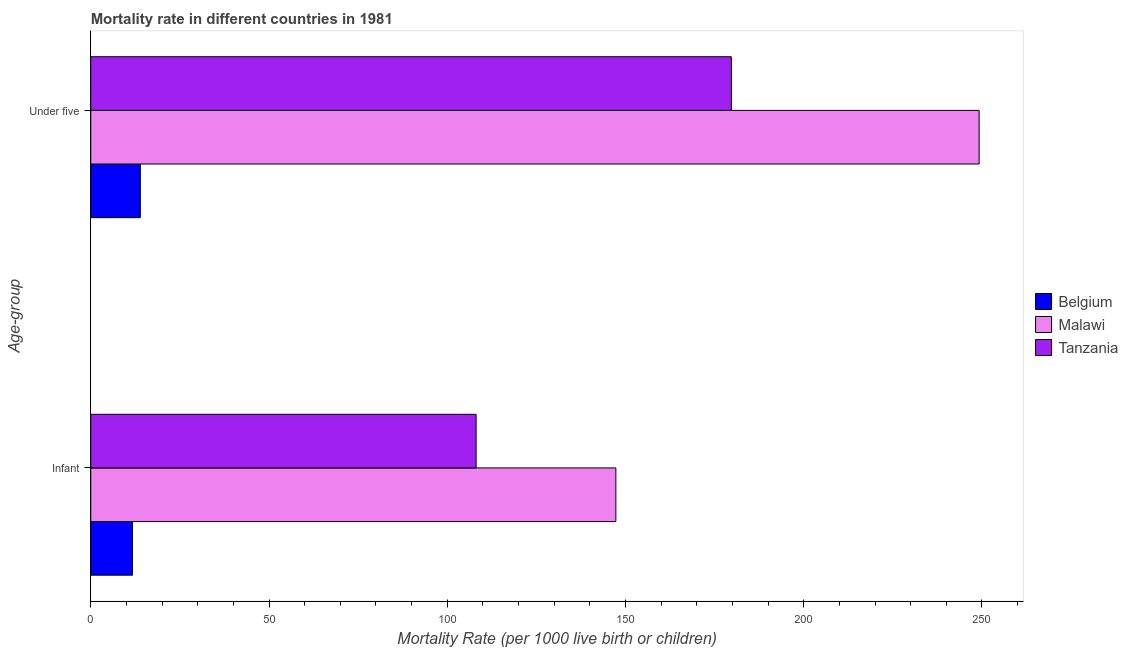
| Age-group | Belgium | Malawi | Tanzania |
 | --- | --- | --- | --- |
 | Infant | 11.7 | 147 | 108 |
 | Under five | 13.9 | 249 | 180 |